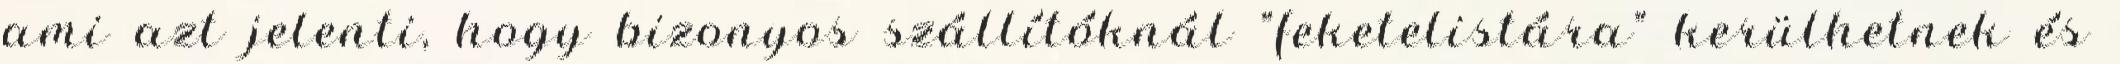
ami azt jelenti, hogy bizonyos szállítóknál "feketelistára" kerülhetnek és